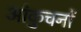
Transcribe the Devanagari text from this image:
आंकुचनों